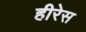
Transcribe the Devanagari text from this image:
हीरेस